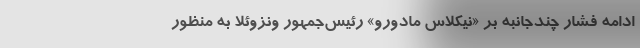
ادامه فشار چندجانبه بر «نیکلاس مادورو» رئیس‌جمهور ونزوئلا به منظور